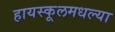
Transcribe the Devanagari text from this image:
हायस्कूलमधल्या